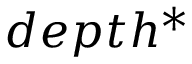
d e p t h ^ { * }